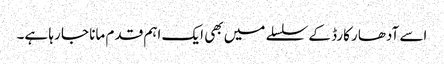
اسے آدھار کارڈ کے سلسلے میں بھی ایک اہم قدم مانا جا رہا ہے۔